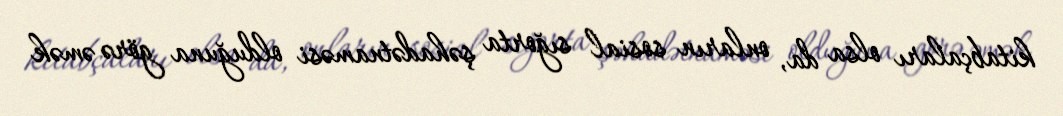
kitabçaları olsa da, onların sosial sığorta şəhadətnaməsi olduğuna görə əmək